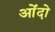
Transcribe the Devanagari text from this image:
ओंदो